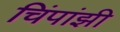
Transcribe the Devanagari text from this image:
चिंपांझी